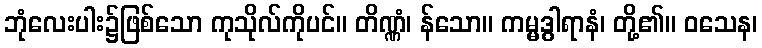
ဘုံလေးပါး၌ဖြစ်သော ကုသိုလ်ကိုပင်။ တိဏ္ဏံ၊ န်သော။ ကမ္မဒွါရာနံ၊ တို့၏။ ဝသေန၊